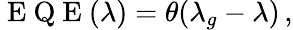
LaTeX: \mathrm{~E~Q~E~}(\lambda)=\theta(\lambda_{g}-\lambda)\, ,